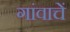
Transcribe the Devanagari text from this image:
गांवाचें